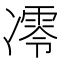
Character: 𪞮